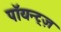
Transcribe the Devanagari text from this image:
पॉयन्ट्ज़